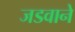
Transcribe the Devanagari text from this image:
जडवाने